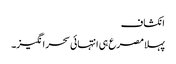
انکشاف
پہلا مصرع ہی انتہائی سحر انگیز۔